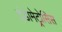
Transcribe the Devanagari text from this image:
इंडोमेट्रोसिस